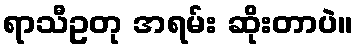
ရာသီဥတု အရမ်း ဆိုးတာပဲ။